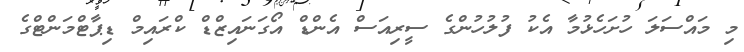
މި މައްސަލަ ހުށަހެޅުމާ އެކު ފުލުހުންގެ ސީރިއަސް އެންޑް އޯގަނައިޒްޑް ކްރައިމް ޑިޕާޓްމަންޓްގެ